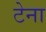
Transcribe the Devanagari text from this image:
टेना